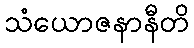
သံယောဇနာနီတိ